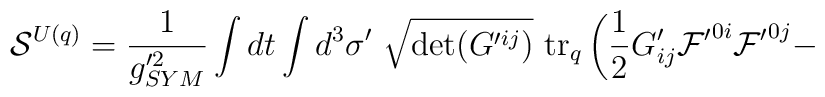
{\cal S}^{U(q)} = \frac{1}{g'^{2}_{SYM}} \int dt\int d^{3} \sigma'~\sqrt{\det(G'^{ij})}~ {\rm tr}_q\left(\frac{1}{2} G'_{ij} {\cal F'}^{0i}  {\cal F'}^{0j} -  \right.